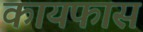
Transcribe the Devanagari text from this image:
कायफास